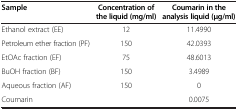
<table><thead><tr><td><b>Sample</b></td><td><b>Concentration of the liquid (mg/ml)</b></td><td><b>Coumarin in the analysis liquid (μg/ml)</b></td></tr></thead><tbody><tr><td>Ethanol extract (EE)</td><td>12</td><td>11.4990</td></tr><tr><td>Petroleum ether fraction (PF)</td><td>150</td><td>42.0393</td></tr><tr><td>EtOAc fraction (EF)</td><td>75</td><td>48.6013</td></tr><tr><td>BuOH fraction (BF)</td><td>150</td><td>3.4989</td></tr><tr><td>Aqueous fraction (AF)</td><td>150</td><td>0</td></tr><tr><td>Coumarin</td><td> </td><td>0.0075</td></tr></tbody></table>